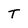
Character: T